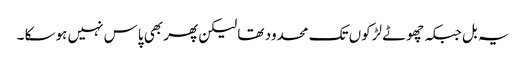
یہ بل جبکہ چھوٹے لڑکوں تک محدود تھا لیکن پھر بھی پاس نہیں ہوسکا ۔